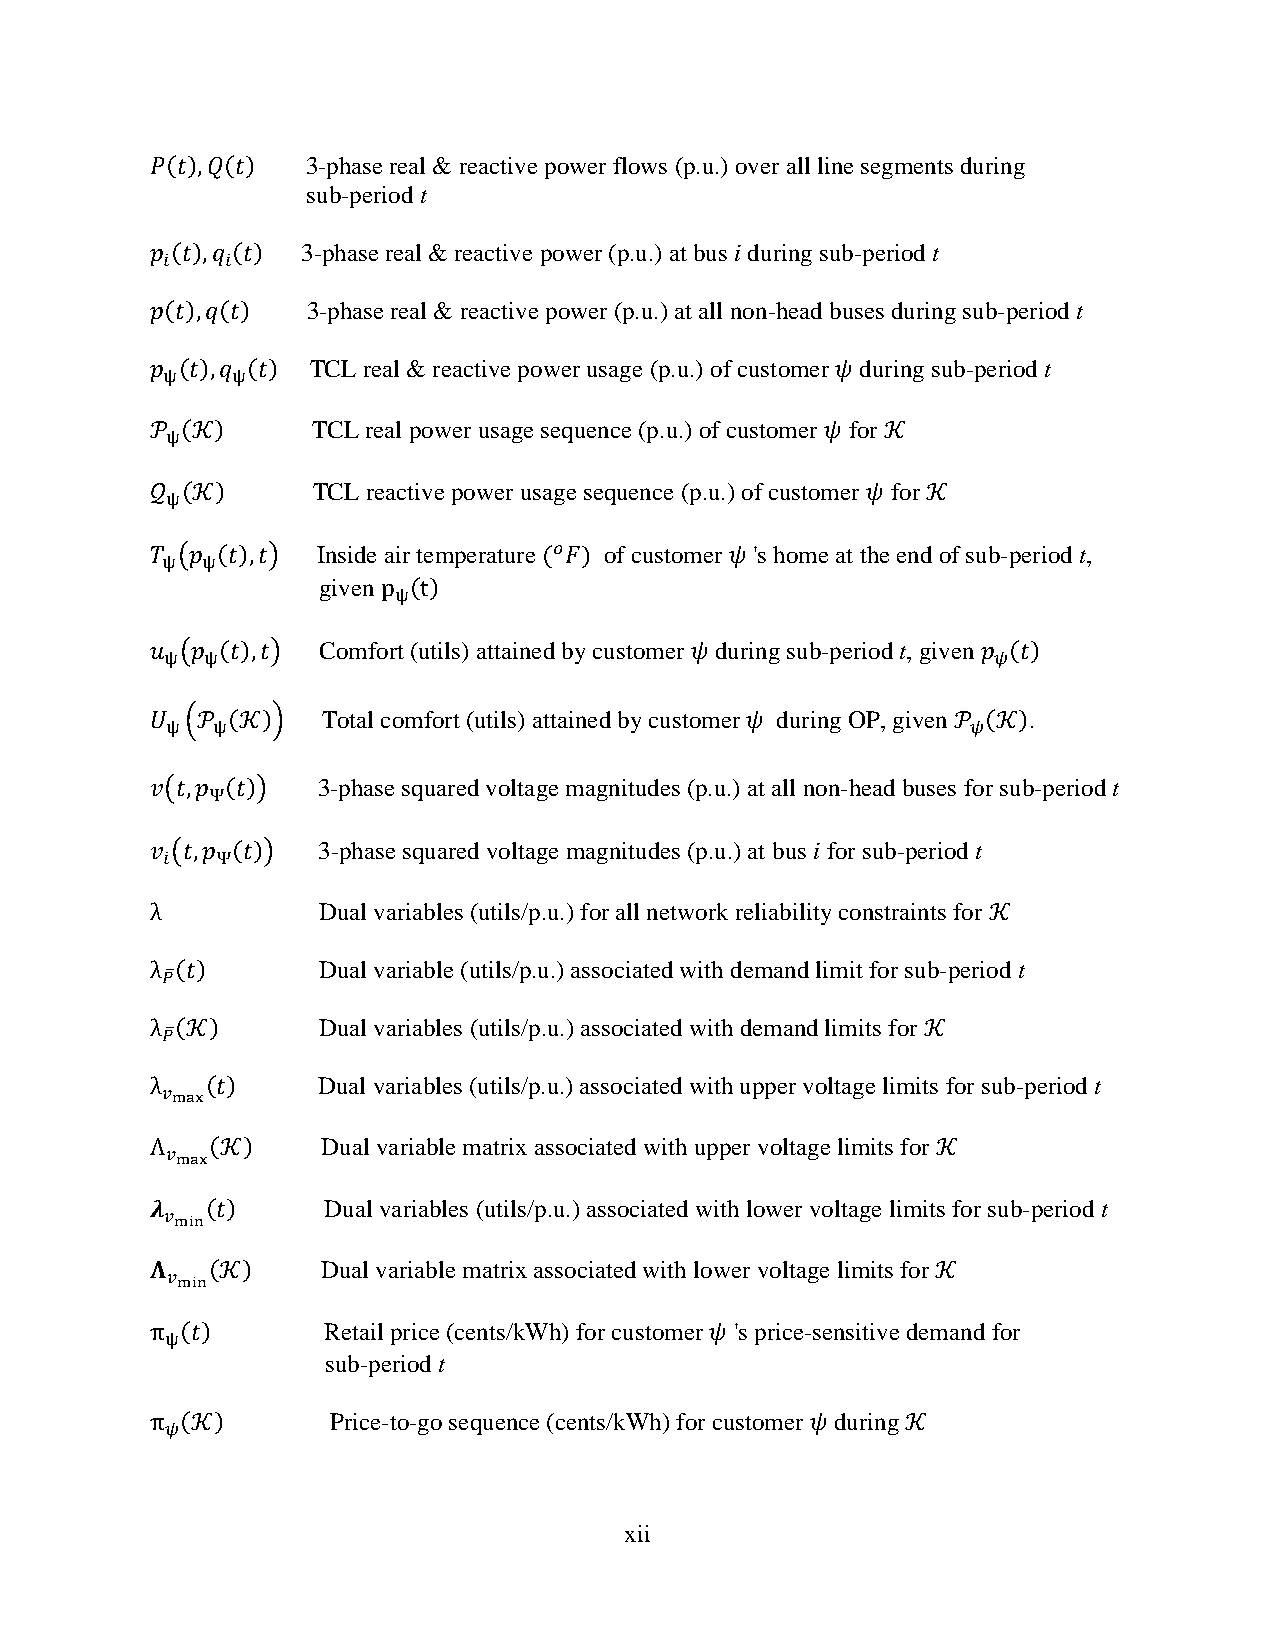
𝑃(𝑡),𝑄(𝑡) 3-phase real & reactive power flows (p.u.) over all line segments during
 sub-period t
 𝑝 (𝑡),𝑞 (𝑡) 3-phase real & reactive power (p.u.) at bus i during sub-period t
 𝑖   𝑖
 𝑝(𝑡),𝑞(𝑡) 3-phase real & reactive power (p.u.) at all non-head buses during sub-period t
 𝑝 (𝑡),𝑞 (𝑡) TCL real & reactive power usage (p.u.) of customer 𝜓 during sub-period t
 ψ   ψ
 𝒫 (𝒦)      TCL real power usage sequence (p.u.) of customer 𝜓 for 𝒦
 ψ
 𝒬 (𝒦)      TCL reactive power usage sequence (p.u.) of customer 𝜓 for 𝒦
 ψ
 𝑇 (𝑝 (𝑡),𝑡) Inside air temperature (𝑜𝐹) of customer 𝜓 's home at the end of sub-period t,
 ψ ψ
 given p (t)
 ψ
 𝑢 (𝑝 (𝑡),𝑡) Comfort (utils) attained by customer 𝜓 during sub-period t, given 𝑝 (𝑡)
 ψ  ψ                                                   𝜓
 𝑈 (𝒫 (𝒦))  Total comfort (utils) attained by customer 𝜓 during OP, given 𝒫 (𝒦).
 ψ  ψ                                                 𝜓
 𝑣(𝑡,𝑝 (𝑡)) 3-phase squared voltage magnitudes (p.u.) at all non-head buses for sub-period t
 Ψ
 𝑣 (𝑡,𝑝 (𝑡)) 3-phase squared voltage magnitudes (p.u.) at bus i for sub-period t
 𝑖  Ψ
 λ          Dual variables (utils/p.u.) for all network reliability constraints for 𝒦
 λ (𝑡)      Dual variable (utils/p.u.) associated with demand limit for sub-period t
 𝑃̅
 λ (𝒦)      Dual variables (utils/p.u.) associated with demand limits for 𝒦
 𝑃̅
 λ   (𝑡)    Dual variables (utils/p.u.) associated with upper voltage limits for sub-period t
 𝑣max
 Λ   (𝒦)    Dual variable matrix associated with upper voltage limits for 𝒦
 𝑣max
 𝝀   (𝑡)    Dual variables (utils/p.u.) associated with lower voltage limits for sub-period t
 𝑣
 min
 𝚲   (𝒦)    Dual variable matrix associated with lower voltage limits for 𝒦
 𝑣
 min
 π (𝑡)      Retail price (cents/kWh) for customer 𝜓 's price-sensitive demand for
 ψ
 sub-period t
 π (𝒦)       Price-to-go sequence (cents/kWh) for customer 𝜓 during 𝒦
 𝜓
 xii